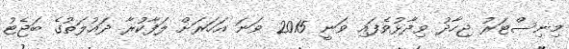
މިނިސްޓަރު ޖިހާދު ވިދާޅުވެފައި ވަނީ 2015 ވަނަ އަހަރަށް ލަފާކުރާ ދައުލަތުގެ ބަޖެޓު